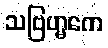
သဗြဟ္မကေ